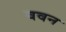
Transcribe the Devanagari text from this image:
ववन